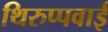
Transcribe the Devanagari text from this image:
थिरुप्पवाई